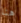
هنا